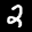
Label: 2